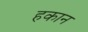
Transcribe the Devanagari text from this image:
हकान